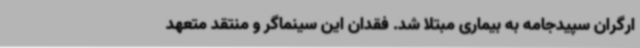
ارگران سپیدجامه به بیماری مبتلا شد. فقدان این سینماگر و منتقد متعهد